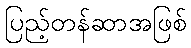
ပြည့်တန်ဆာအဖြစ်